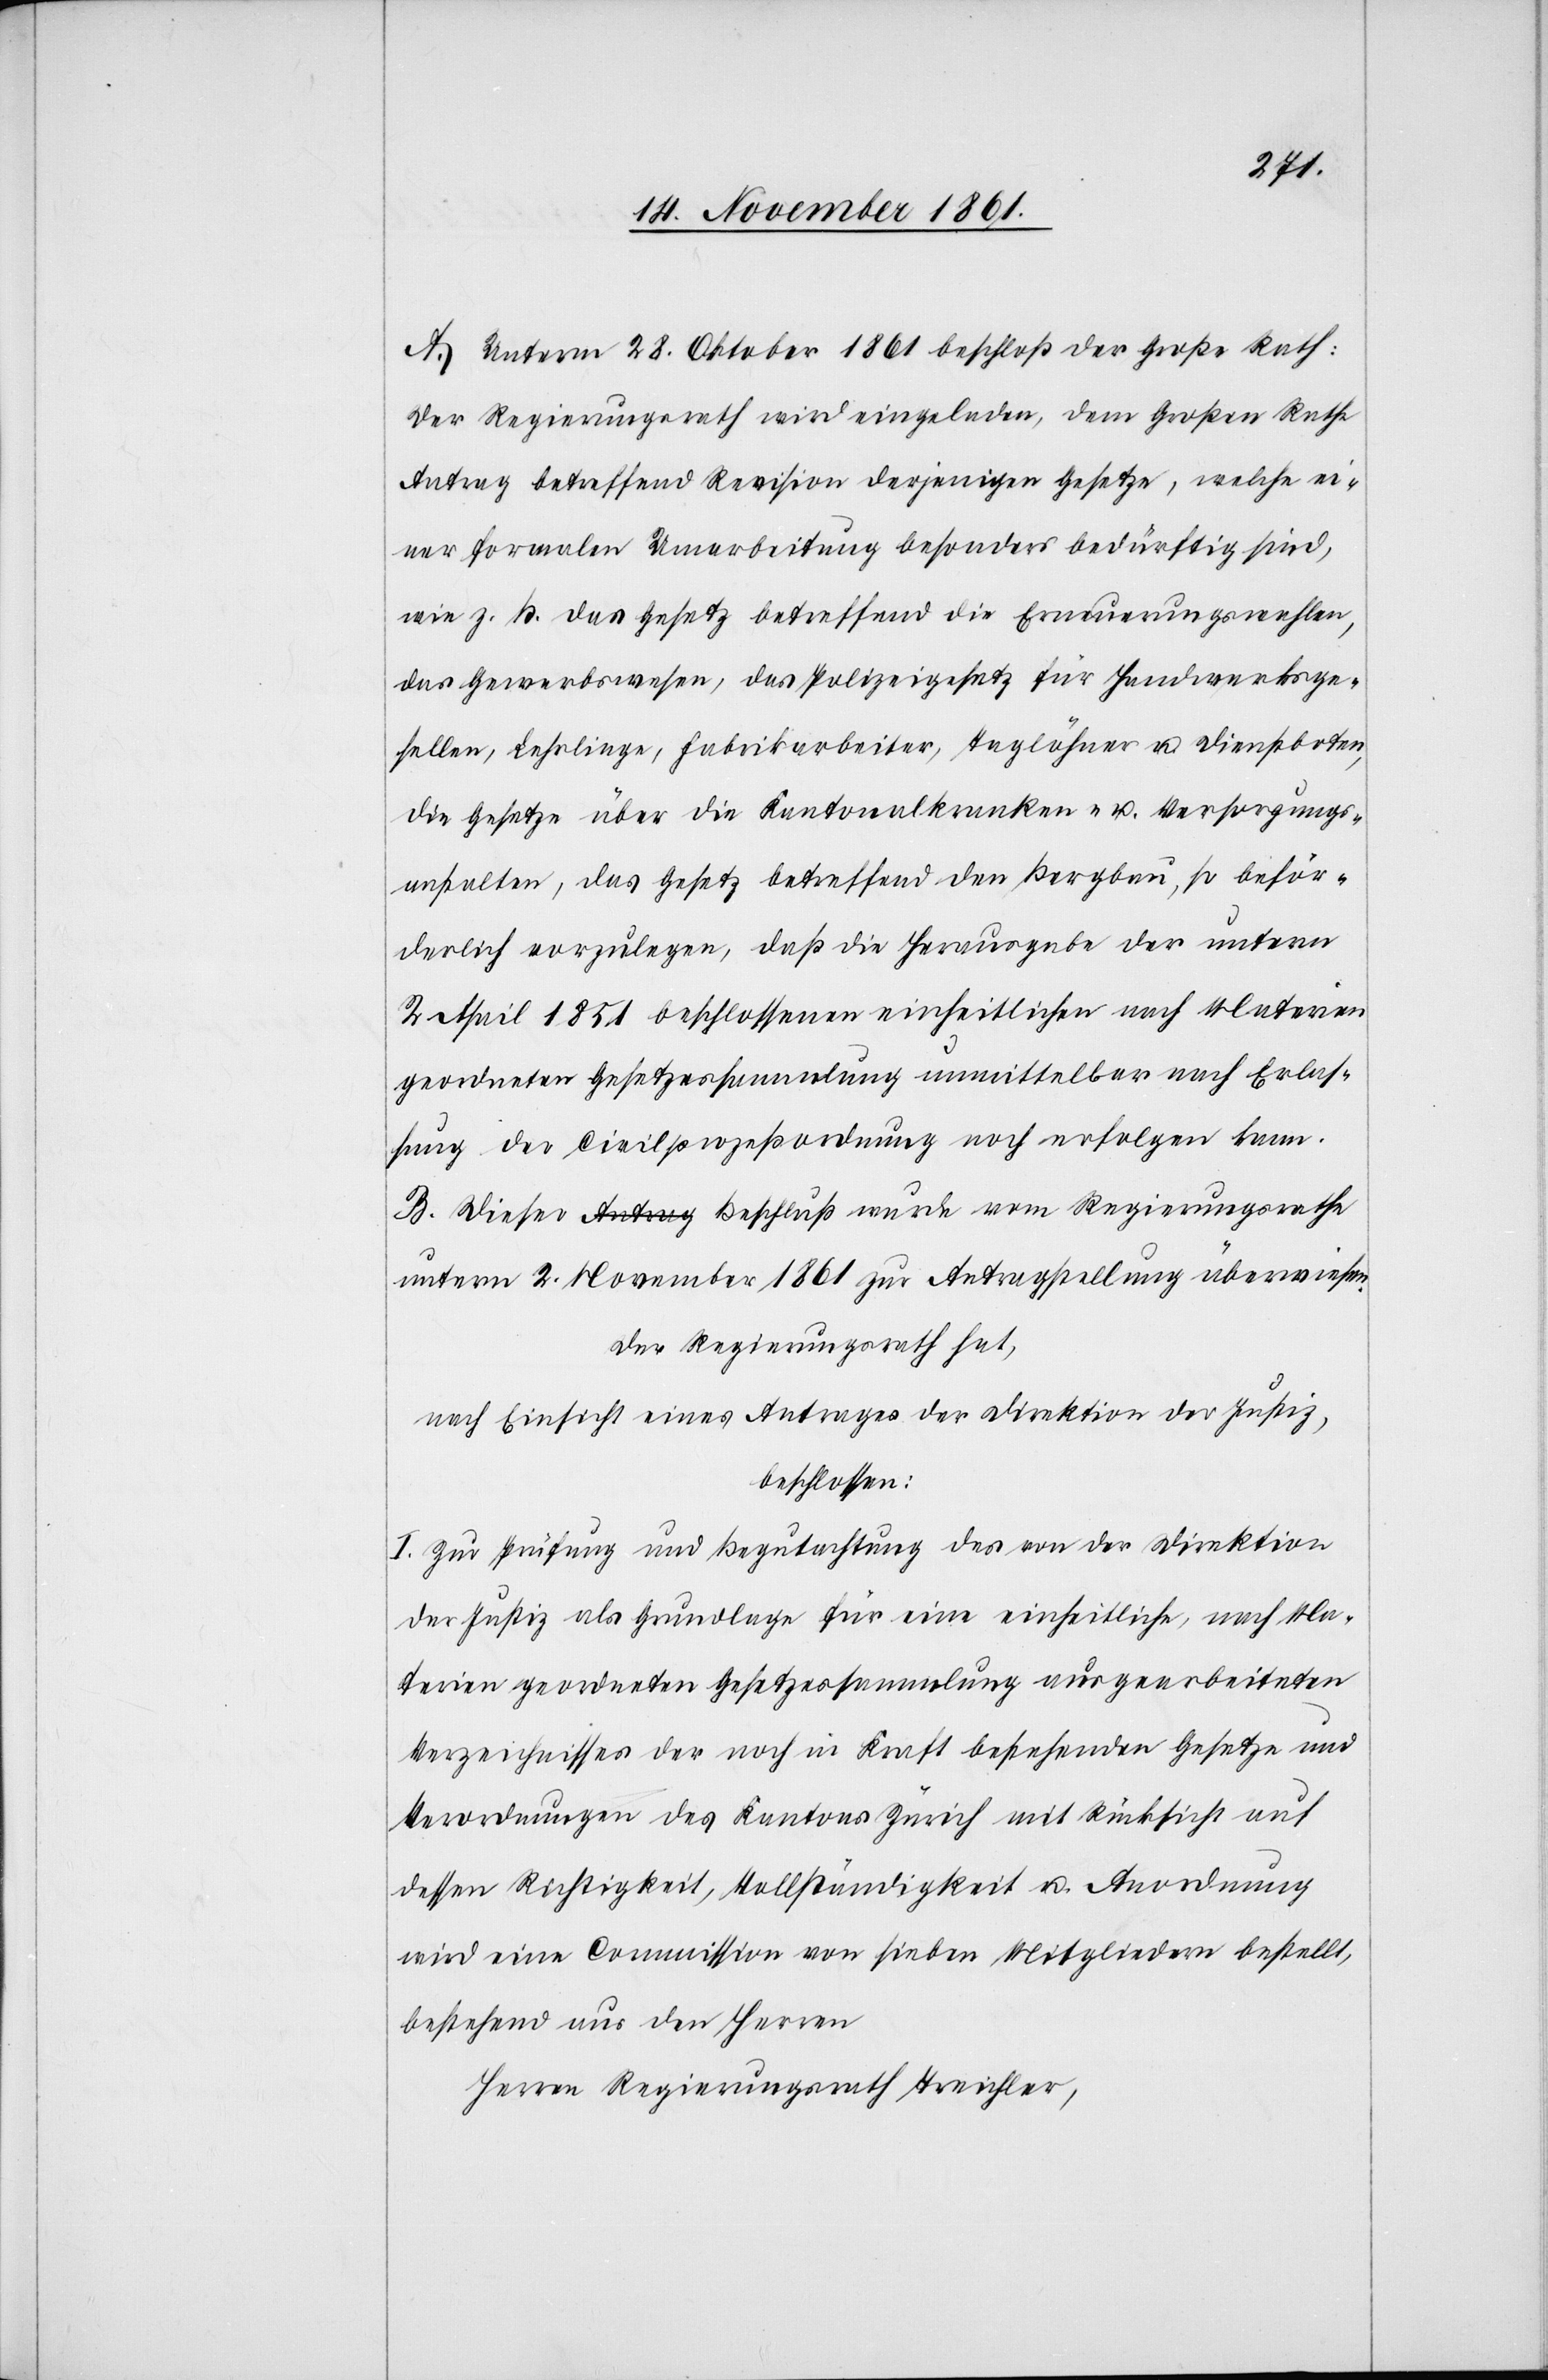
A. Unterm 28 Oktober 1861 beschloß der Große Rath:
Der Regierungsrath wird eingeladen, dem Großen Rathe
Antrag betreffend Revision derjenigen Gesetze, welche ei¬
ner formalen Umarbeitung besonders bedürftig sind,
wie z. B. das Gesetz betreffend die Erneuerungswahlen,
das Gewerbswesen, das Polizeigesetz für Handwerksge¬
sellen, Lehrlinge, Fabrikarbeiter, Tagelöhner u. Dienstboten,
die Gesetze über die Kantonalkranken- u. Versorgungs¬
anstalten, das Gesetz betreffend den Bergbau, so beför¬
derlich vorzulegen, daß die Herausgabe der unterm
Urtheil 1851 beschlossenen einheitlichen nach Materien
geordneten Gesetzessammlung unmittelbar nach Erlas¬
sung der Civilprozeßordnung noch erfolgen kann.
B. Dieser Beschluß wurde vom Regierungsrathe,
unterm 2 November 1861 zur Antragstellung überwiesen.
Der Regierungsrath hat,
nach Einsicht eines Antrages der Direktion der Justiz,
beschlossen:
I. Zur Prüfung und Begutachtung des von der Direktion
der Justiz als Grundlage für eine einheitliche, nach Ma¬
terien geordneten Gesetzessammlung ausgearbeiteten
Verzeichnisses der noch in Kraft bestehenden Gesetze und
Verordnungen des Kantons Zürich mit Rücksicht auf
dessen Richtigkeit, Vollständigkeit u. Anordnung
wird eine Commission von sieben Mitgliedern bestellt,
bestehend aus den Herren
Herrn Regierungsrath Treichler,